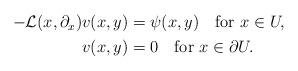
LaTeX: \begin{align*} \begin{aligned} -{\mathcal L}(x,\partial_x)v(x,y)&=\psi(x,y) \quad\hbox{for}\ x\in U,\\ v(x,y)&=0 \quad\hbox{for}\ x\in\partial U. \end{aligned} \end{align*}